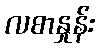
လစာနှုန်း